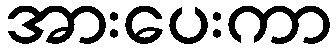
အားပေးကာ